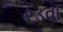
રડવા